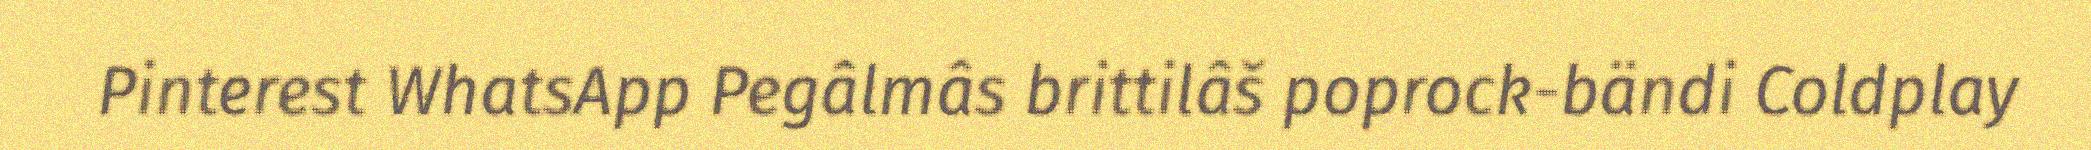
Pinterest WhatsApp Pegâlmâs brittilâš poprock-bändi Coldplay